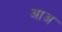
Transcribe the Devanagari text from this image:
आअ